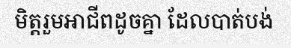
មិត្តរួមអាជីពដូចគ្នា ដែលបាត់បង់